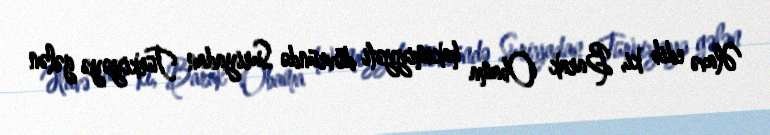
Əlavə edib ki, Barak Obama hakimiyyəti dövründə Suriyadan Türkiyəyə gələn